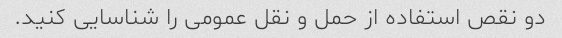
دو نقص استفاده از حمل و نقل عمومی را شناسایی کنید.